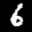
Label: 6